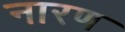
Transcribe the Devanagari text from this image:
नारण